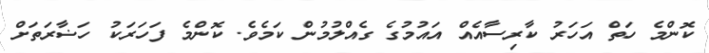
ކޮންމެ ހަތް އަހަރު ކާރިސާއެއް އައުމުގެ ގެއްލުމުން ކަމެވެ. ކޮންމެ ފަހަރަކު ހަޟާރަތަށް